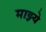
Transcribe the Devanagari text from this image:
माझ्ये